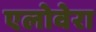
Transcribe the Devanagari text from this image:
एलोवेरा